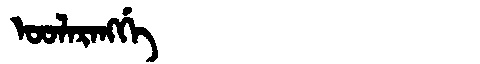
Manchu: ᠣᠣᠯᠠᡵᠠᠩᡤᡝ
Romanization: OOLARANGGE